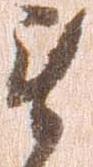
衛